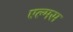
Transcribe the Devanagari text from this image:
एल्मस